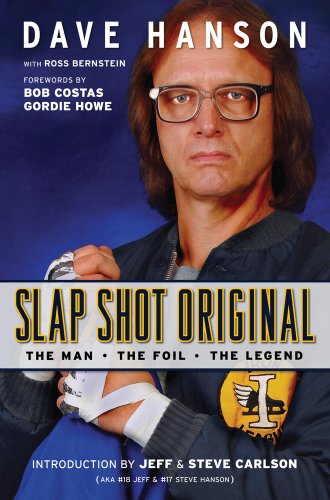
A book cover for Slap Shot Original: The Man, the Foil, and the Legend; Dave Hanson; Biographies & Memoirs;